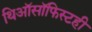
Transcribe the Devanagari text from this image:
थिऑसॉफिस्टही